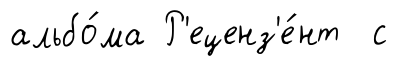
альбо́ма Р'еценз'е́нт с